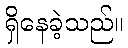
ရှိနေခဲ့သည်။